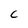
Character: C